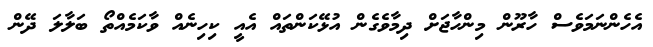
އެހެންނަމަވެސް ހާރޫން މިންހާޖަށް ދިމާވެގެން އުޅޭކަންތައް އެއީ ކިހިނެއް ވާކަމެއްތޯ ބަލާލަ ދޭން